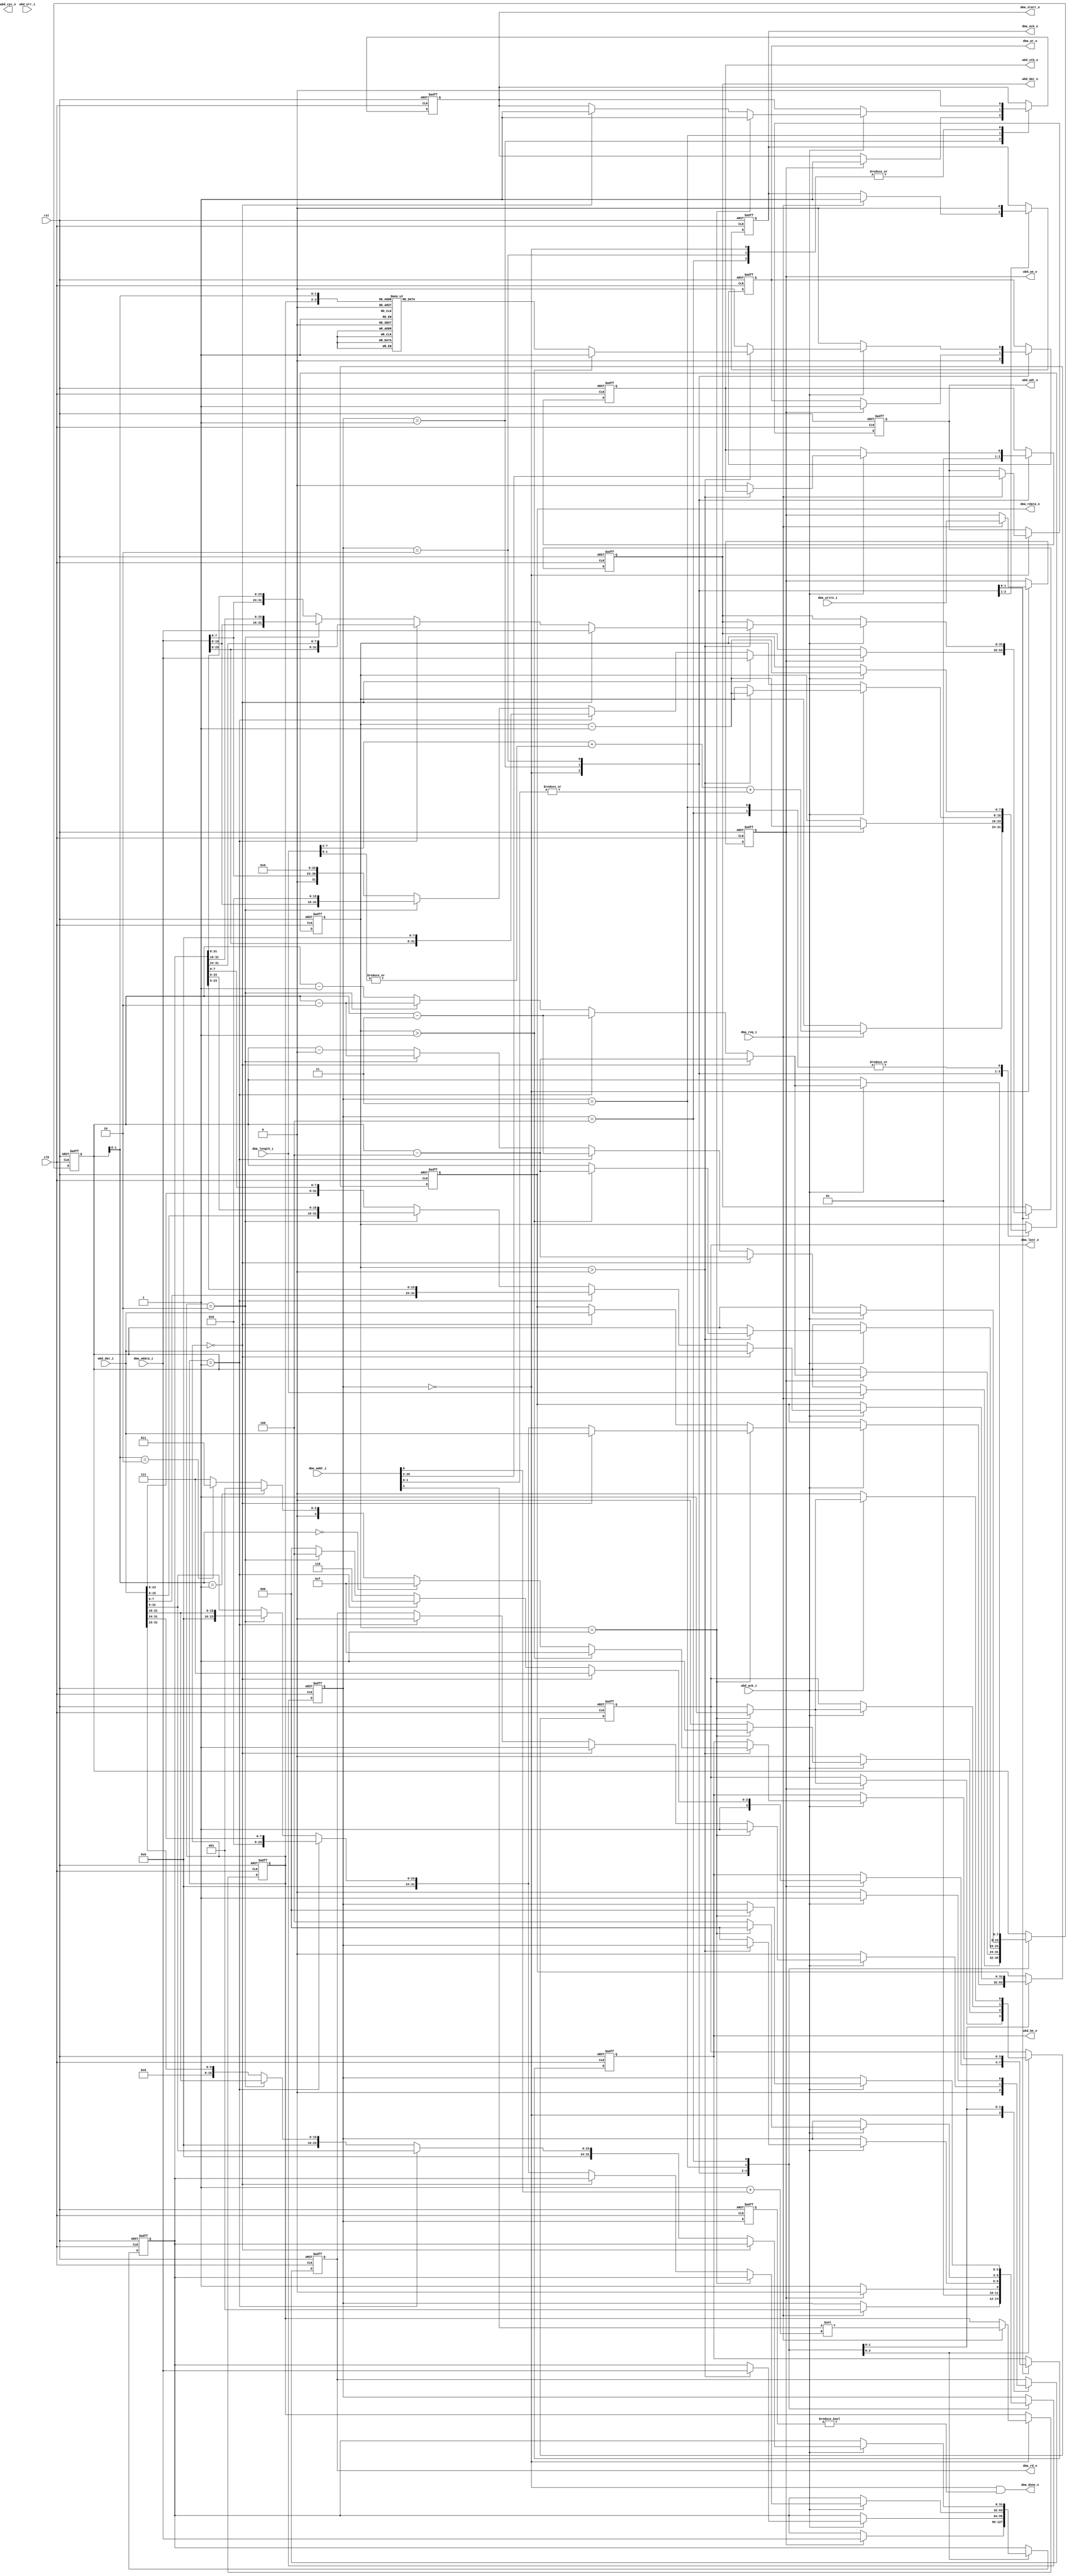
//////////////////////////////////////////////////////////////////////
////                                                              ////
////  Tubo 8051 cores common library Module                       ////
////                                                              ////
////  This file is part of the Turbo 8051 cores project           ////
////  http://www.opencores.org/cores/turbo8051/                   ////
////                                                              ////
////  Description                                                 ////
////  Turbo 8051 definitions.                                     ////
////                                                              ////
////  To Do:                                                      ////
////    nothing                                                   ////
////                                                              ////
////  Author(s):                                                  ////
////      - Dinesh Annayya, dinesha@opencores.org                 ////
////                                                              ////
//////////////////////////////////////////////////////////////////////
////                                                              ////
//// Copyright (C) 2000 Authors and OPENCORES.ORG                 ////
////                                                              ////
//// This source file may be used and distributed without         ////
//// restriction provided that this copyright statement is not    ////
//// removed from the file and that any derivative work contains  ////
//// the original copyright notice and the associated disclaimer. ////
////                                                              ////
//// This source file is free software; you can redistribute it   ////
//// and/or modify it under the terms of the GNU Lesser General   ////
//// Public License as published by the Free Software Foundation; ////
//// either version 2.1 of the License, or (at your option) any   ////
//// later version.                                               ////
////                                                              ////
//// This source is distributed in the hope that it will be       ////
//// useful, but WITHOUT ANY WARRANTY; without even the implied   ////
//// warranty of MERCHANTABILITY or FITNESS FOR A PARTICULAR      ////
//// PURPOSE.  See the GNU Lesser General Public License for more ////
//// details.                                                     ////
////                                                              ////
//// You should have received a copy of the GNU Lesser General    ////
//// Public License along with this source; if not, download it   ////
//// from http://www.opencores.org/lgpl.shtml                     ////
////                                                              ////
//////////////////////////////////////////////////////////////////////

module wb_interface (
          rst          , 
          clk          ,

          dma_req_i    ,
          dma_write_i  ,
          dma_addr_i   ,
          dma_length_i ,
          dma_ack_o    ,
          dma_done_o   ,

          dma_start_o  ,
          dma_wr_o     ,
          dma_rd_o     ,
          dma_last_o   ,
          dma_wdata_i  ,
          dma_rdata_o  ,

    // external memory
          wbd_dat_i    , 
          wbd_dat_o    ,
          wbd_adr_o    , 
          wbd_be_o     , 
          wbd_we_o     , 
          wbd_ack_i    ,
          wbd_stb_o    , 
          wbd_cyc_o    , 
          wbd_err_i    


     );



input            rst             ; 
input            clk             ;

input            dma_req_i       ;
input            dma_write_i     ;
input [25:0]     dma_addr_i      ;
input [7:0]      dma_length_i    ;
output           dma_ack_o       ;
output           dma_done_o      ; // indicates end of DMA transaction

output           dma_start_o     ;
output           dma_wr_o        ;
output           dma_rd_o        ;
output           dma_last_o      ;
input  [31:0]    dma_wdata_i     ;
output [31:0]    dma_rdata_o     ;

//--------------------------------
// WB interface
//--------------------------------
input  [31:0]    wbd_dat_i       ; // data input
output [31:0]    wbd_dat_o       ; // data output
output [23:0]    wbd_adr_o       ; // address
output  [3:0]    wbd_be_o        ; // byte enable
output           wbd_we_o        ; // write 
input            wbd_ack_i       ; // acknowlegement
output           wbd_stb_o       ; // strobe/request
output           wbd_cyc_o       ; // wb cycle
input            wbd_err_i       ; // we error

//------------------------------------
// Reg Declaration
//--------------------------------
reg [2:0]        state           ;
reg [2:0]        state_d         ;
reg [7:0]        preq_len        ; // pending request length in bytes
reg              wbd_we_o        ; // westbone write req
reg [23:0]       wbd_adr_o       ; // westnone address
reg              dma_ack_o       ; // dma ack
reg [7:0]        twbtrans        ; // total westbone transaction
reg              dma_wr_o        ; // dma write request
reg              dma_rd_o        ; // dma read request
reg [31:0]       temp_data       ; // temp holding data
reg [1:0]        be_sof          ; // Byte enable starting alignment
reg [31:0]       wbd_dat_o       ; // westbone data out
reg [3:0]        wbd_be_o        ; // west bone byte enable 
reg [31:0]       dma_rdata_o     ; // dma read data
reg              wbd_stb_o       ; 
reg              dma_start_o     ; // dma first transfer
reg              dma_last_o      ; // dma last transfer

parameter WB_IDLE           = 3'b000;
parameter WB_REQ            = 3'b001;
parameter WB_WR_PHASE       = 3'b010;
parameter WB_RD_PHASE_SOF   = 3'b011;
parameter WB_RD_PHASE_CONT  = 3'b100;

assign dma_done_o = (state == WB_IDLE) && (state_d !=  WB_IDLE);

always @(posedge rst or posedge clk)
begin
   if(rst) begin
      state         <= WB_IDLE;
      state_d       <= WB_IDLE;
      wbd_we_o      <= 0;
      wbd_adr_o     <= 0;
      preq_len      <= 0;
      dma_ack_o     <= 0;
      twbtrans      <= 0;
      dma_wr_o      <= 0;
      dma_rd_o      <= 0;
      temp_data     <= 0;
      be_sof        <= 0;
      wbd_dat_o     <= 0; 
      wbd_be_o      <= 0; 
      dma_rdata_o   <= 0;
      wbd_stb_o     <= 0;
      dma_start_o   <= 0;
      dma_last_o    <= 0;
   end
   else begin
      state_d       <= state;
      case(state)
      WB_IDLE : 
         begin
            if(dma_req_i)
            begin
               dma_ack_o  <= 1;
               wbd_we_o   <= dma_write_i;
               wbd_adr_o  <= dma_addr_i[25:2];
               be_sof     <= dma_addr_i[1] << 1 + dma_addr_i[0];
               preq_len   <= dma_length_i;
               // total wb transfer
               twbtrans   <= dma_length_i[7:2] + 
                             |(dma_length_i[1:0]) + 
                             |(dma_addr_i[1:0]);
               state       <= WB_REQ;
            end 
            dma_wr_o   <= 0;
            dma_rd_o   <= 0;
            wbd_stb_o  <= 0;
            dma_start_o  <= 0;
         end
      WB_REQ :
         begin
            dma_ack_o      <= 0;
            wbd_stb_o      <= 1;
            if(wbd_we_o) begin
               dma_wr_o    <= 1;
               dma_start_o <= 1;
               temp_data   <= dma_wdata_i; 
               if(be_sof == 0) begin
                  wbd_dat_o  <= dma_wdata_i; 
                  wbd_be_o   <= 4'b1111; 
                  preq_len    <= preq_len - 4;
               end 
               else if(be_sof == 1) begin
                  wbd_dat_o  <= {dma_wdata_i[23:0],8'h0}; 
                  wbd_be_o   <= 4'b1110; 
                  preq_len    <= preq_len - 3;
               end
               else if(be_sof == 2) begin
                  wbd_dat_o  <= {dma_wdata_i[15:0],16'h0}; 
                  wbd_be_o   <= 4'b1100; 
                  preq_len    <= preq_len - 2;
               end
               else begin
                  wbd_dat_o  <= {dma_wdata_i[7:0],23'h0}; 
                  wbd_be_o   <= 4'b1000; 
                  preq_len    <= preq_len - 1;
               end
               twbtrans   <= twbtrans -1;
               state      <= WB_WR_PHASE;
               if(twbtrans == 1) 
                   dma_last_o <= 1;
            end
            else begin
               state   <= WB_RD_PHASE_SOF;
            end
         end
      WB_WR_PHASE :
         begin
            dma_start_o       <= 0;
            if(wbd_ack_i) begin
               if(twbtrans == 1) 
                   dma_last_o <= 1;
               else
                   dma_last_o <= 0;
               if(twbtrans > 0) begin
                  temp_data   <= dma_wdata_i; 
                  twbtrans    <= twbtrans -1;
                  if(be_sof == 0) begin
                     wbd_dat_o  <= dma_wdata_i; 
                  end 
                  else if(be_sof == 1) begin
                     wbd_dat_o  <= {dma_wdata_i[23:0],temp_data[31:24]}; 
                  end
                  else if(be_sof == 2) begin
                     wbd_dat_o  <= {dma_wdata_i[15:0],temp_data[31:16]}; 
                  end
                  else begin
                     wbd_dat_o  <= {dma_wdata_i[7:0],temp_data[31:8]}; 
                  end

                  if(twbtrans > 1) begin // If the Pending Transfer is more than 1
                     dma_wr_o   <= 1;
                     wbd_be_o   <= 4'b1111; 
                     preq_len   <= preq_len - 4;
                  end
                  else begin // for last write access
                     wbd_be_o   <= preq_len[1:0] == 2'b00 ? 4'b1111:
                                   preq_len[1:0] == 2'b01 ? 4'b0001:
                                   preq_len[1:0] == 2'b10 ? 4'b0011: 4'b0111;

                     case({be_sof[1:0],preq_len[1:0]})
                        // Start alignment = 0
                        4'b0001 : dma_wr_o   <= 1;
                        4'b0010 : dma_wr_o   <= 1;
                        4'b0011 : dma_wr_o   <= 1;
                        4'b0000 : dma_wr_o   <= 1;
                        // Start alignment = 1
                        4'b0101 : dma_wr_o   <= 0;
                        4'b0110 : dma_wr_o   <= 1;
                        4'b0111 : dma_wr_o   <= 1;
                        4'b0100 : dma_wr_o   <= 1;
                        // Start alignment = 2
                        4'b1001 : dma_wr_o   <= 0;
                        4'b1010 : dma_wr_o   <= 0;
                        4'b1011 : dma_wr_o   <= 1;
                        4'b1000 : dma_wr_o   <= 1;
                        // Start alignment = 3
                        4'b1101 : dma_wr_o   <= 0;
                        4'b1110 : dma_wr_o   <= 0;
                        4'b1111 : dma_wr_o   <= 0;
                        4'b1100 : dma_wr_o   <= 1;
                     endcase
                  end
               end
               else begin
                  dma_wr_o  <= 0;
                  wbd_stb_o <= 0;
                  state     <= WB_IDLE;
               end 
            end
            else begin
               dma_last_o <= 0;
               dma_wr_o   <= 0;
            end
         end
      WB_RD_PHASE_SOF :
         begin
            if(wbd_ack_i) begin
               twbtrans    <= twbtrans -1;
               if(twbtrans == 1) begin // If the Pending Transfer is 1
                   dma_rd_o   <= 1;
                   dma_start_o<= 1;
                   if(be_sof == 0) begin
                       dma_rdata_o  <= wbd_dat_i; 
                       preq_len     <= preq_len - 4;
                   end 
                   else if(be_sof == 1) begin
                       dma_rdata_o  <= {8'h0,wbd_dat_i[31:24]}; 
                       preq_len     <= preq_len - 3;
                   end
                   else if(be_sof == 2) begin
                       dma_rdata_o  <= {16'h0,wbd_dat_i[31:16]}; 
                       preq_len     <= preq_len - 2;
                   end
                   else begin
                       dma_rdata_o  <= {23'h0,wbd_dat_i[31:8]}; 
                       preq_len     <= preq_len - 0;
                   end
                   dma_last_o <= 1;
                   state      <= WB_IDLE;
               end
               else begin // pending transction is more than 1
                  if(be_sof == 0) begin
                      dma_rdata_o  <= wbd_dat_i; 
                      dma_rd_o     <= 1;
                      dma_start_o  <= 1;
                      preq_len     <= preq_len - 4;
                  end 
                  else if(be_sof == 1) begin
                      temp_data    <= {8'h0,wbd_dat_i[31:24]}; 
                      dma_rd_o     <= 0;
                      preq_len     <= preq_len - 3;
                  end
                  else if(be_sof == 2) begin
                      temp_data   <= {16'h0,wbd_dat_i[31:16]}; 
                      preq_len    <= preq_len - 2;
                  end
                  else begin
                      temp_data   <= {23'h0,wbd_dat_i[31:8]}; 
                      preq_len    <= preq_len - 0;
                  end
                  state     <= WB_RD_PHASE_CONT;
               end
            end
            else begin
               dma_rd_o  <= 0;
            end
         end
      WB_RD_PHASE_CONT:
         begin
            dma_start_o  <= 0;
            if(wbd_ack_i) begin
               dma_rd_o         <= 1;
               twbtrans         <= twbtrans -1;
               if(be_sof == 0) begin
                  dma_rdata_o   <= wbd_dat_i; 
                  preq_len      <= preq_len - 4;
               end 
               else if(be_sof == 1) begin
                  dma_rdata_o   <= {wbd_dat_i[7:0],temp_data[23:0]}; 
                  temp_data     <= {8'h0,wbd_dat_i[31:8]};
                  preq_len      <= preq_len - 3;
               end
               else if(be_sof == 2) begin
                  dma_rdata_o   <= {wbd_dat_i[15:0],temp_data[15:0]}; 
                  temp_data     <= {16'h0,wbd_dat_i[31:16]};
                  preq_len      <= preq_len - 2;
               end
               else begin
                  dma_rdata_o   <= {wbd_dat_i[23:0],temp_data[7:0]}; 
                  temp_data     <= {24'h0,wbd_dat_i[31:23]};
                  preq_len      <= preq_len - 1;
               end
               if(twbtrans == 1) begin  // If the it's last transfer
                  dma_last_o <= 1;
                  state      <= WB_IDLE;
               end
            end
            else begin
               dma_last_o <= 0;
               dma_rd_o   <= 0;
            end
         end
      endcase
   end
end 



endmodule